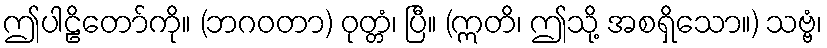
ဤပါဠိတော်ကို။ (ဘဂဝတာ) ဝုတ္တံ၊ ပြီ။ (ဣတိ၊ ဤသို့ အစရှိသော။) သဗ္ဗံ၊